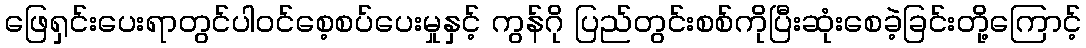
ဖြေရှင်းပေးရာတွင်ပါဝင်စေ့စပ်ပေးမှုနှင့် ကွန်ဂို ပြည်တွင်းစစ်ကိုပြီးဆုံးစေခဲ့ခြင်းတို့ကြောင့်